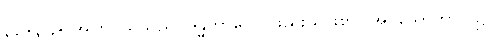
၃၃+၃၄+ အကြင်သူသည်။ ဒန္ဓကာလေ၊ ဖြည်းညှင်းစွာပြုအပ်သောကာလ၌။